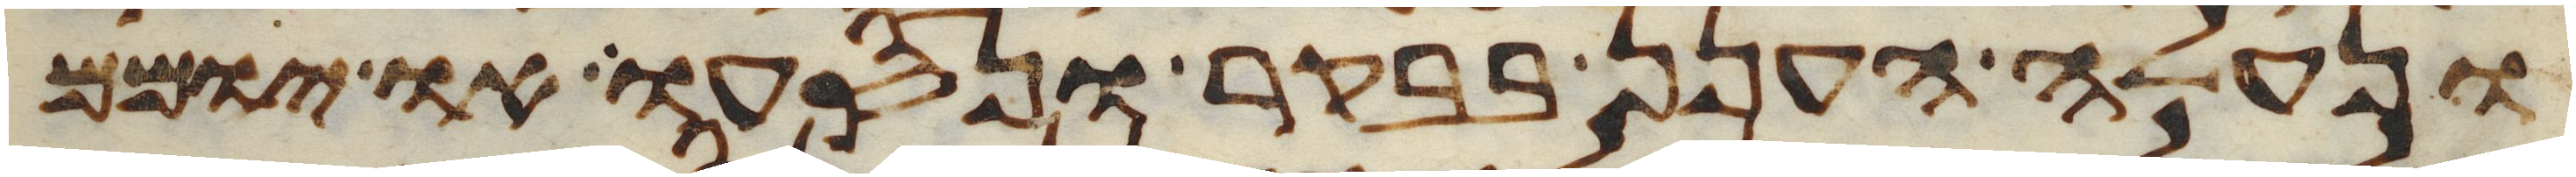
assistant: ונעלה הענן בבקר ונסעו או יומם